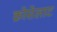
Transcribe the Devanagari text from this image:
क्रोसेलाट